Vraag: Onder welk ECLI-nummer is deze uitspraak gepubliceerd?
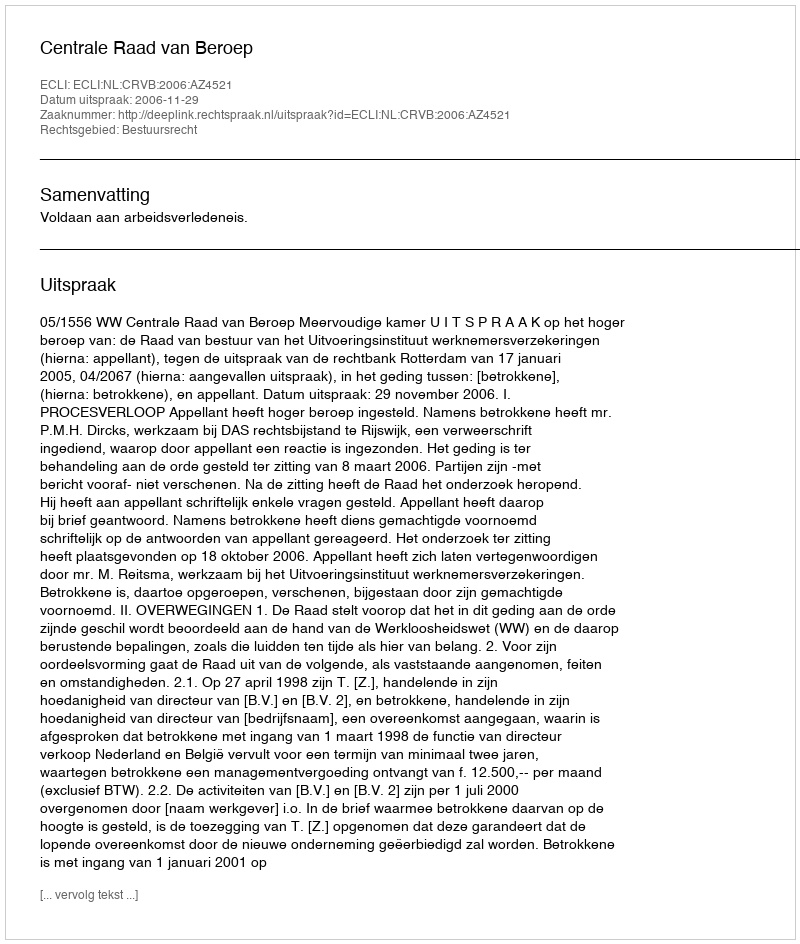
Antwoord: ECLI:NL:CRVB:2006:AZ4521